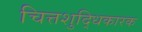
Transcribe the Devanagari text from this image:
चित्तशुद्धिकारक